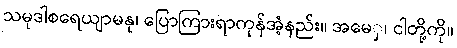
သမုဒါစရေယျာမနု၊ ပြောကြားရာကုန်အံ့နည်း။ အမေှ၊ ငါတို့ကို။